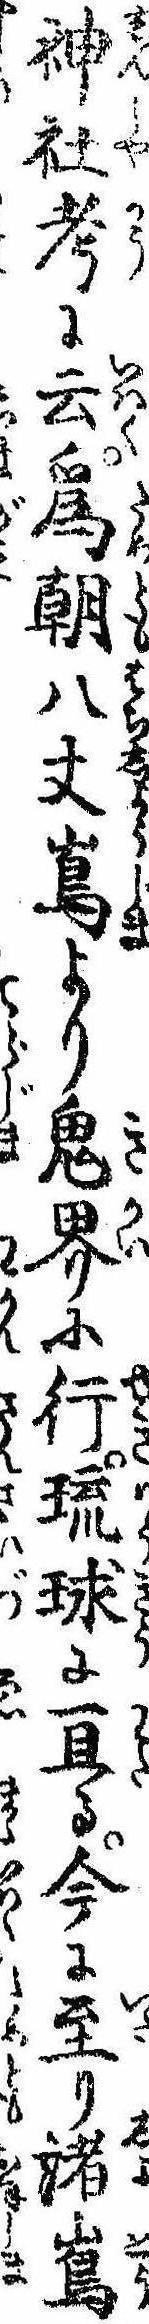
神社考に云為朝八丈島より鬼界に行琉球に亘る今に至り諸島